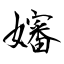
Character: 嬸